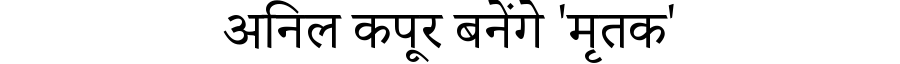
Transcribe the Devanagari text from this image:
अनिल कपूर बनेंगे 'मृतक'